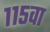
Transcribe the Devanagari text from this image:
११५वा